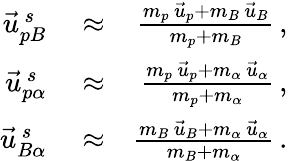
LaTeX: \begin{array}{rlr}{\vec{u}_{pB}^{\, s}}&{{}\approx}&{\frac{m_{p}\, \vec{u}_{p}+m_{B}\, \vec{u}_{B}}{m_{p}+m_{B}}\, ,}\\ {\vec{u}_{p\alpha}^{\, s}}&{{}\approx}&{\frac{m_{p}\, \vec{u}_{p}+m_{\alpha}\, \vec{u}_{\alpha}}{m_{p}+m_{\alpha}}\, ,}\\ {\vec{u}_{B\alpha}^{\, s}}&{{}\approx}&{\frac{m_{B}\, \vec{u}_{B}+m_{\alpha}\, \vec{u}_{\alpha}}{m_{B}+m_{\alpha}}\, .}\end{array}